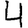
Digit: 4